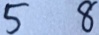
5 8